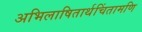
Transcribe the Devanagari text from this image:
अभिलाषितार्थचिंतामणि